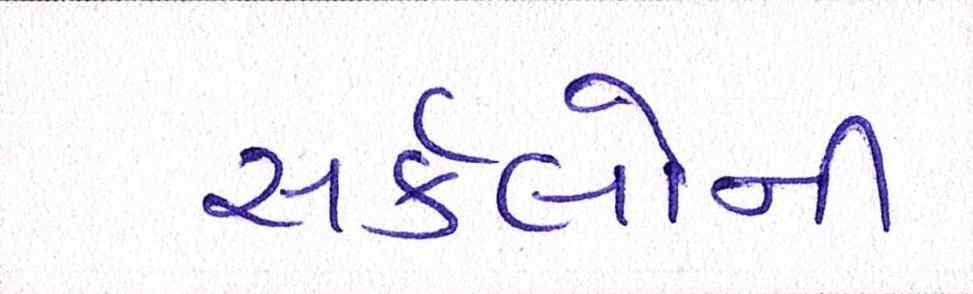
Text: સર્કલોની